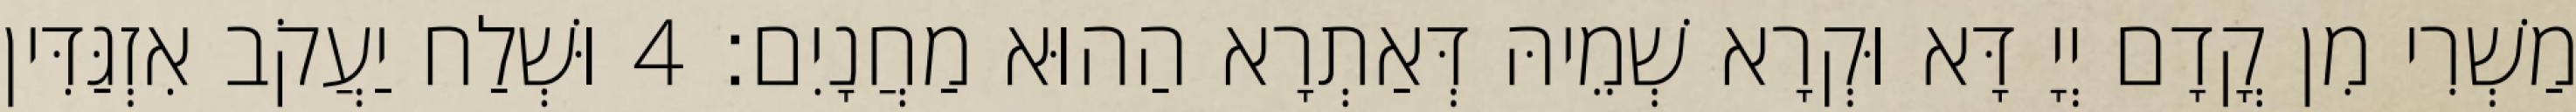
מַשְׁרִי מִן קֳדָם יְיָ דָּא וּקְרָא שְׁמֵיהּ דְּאַתְרָא הַהוּא מַחֲנָיִם׃ 4 וּשְׁלַח יַעֲקֹב אִזְגַּדִּין